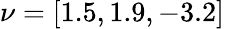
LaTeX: \nu=[1.5,1.9,-3.2]